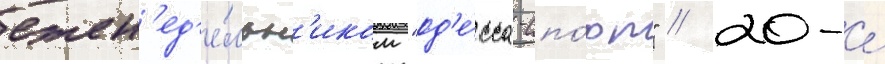
ежен'ед'е́льн'иком "од'е́сса-спо́рт" / 20-е́